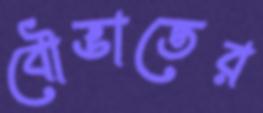
বৌভাতের